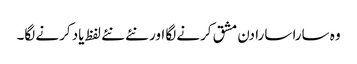
وہ سارا سارا دن مشق کرنے لگا اور نئے نئے لفظ یاد کرنے لگا۔